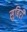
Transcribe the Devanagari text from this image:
सुबिरी